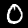
Label: 0